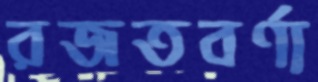
রজতবর্ণা